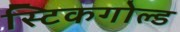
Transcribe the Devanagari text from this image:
स्टिकगोल्ड